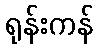
ရုန်းကန်